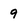
Character: 9